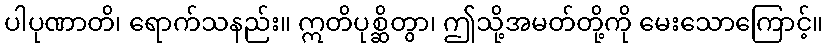
ပါပုဏာတိ၊ ရောက်သနည်း။ ဣတိပုစ္ဆိတွာ၊ ဤသို့အမတ်တို့ကို မေးသောကြောင့်။